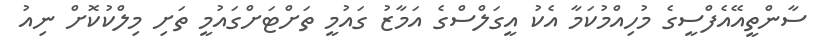
ސާންތީއޭއެފްސީގެ މުހިއްމުކަމާ އެކު އީގަލްސްގެ އަމާޒު ގައުމީ ތަށްޓަށްގައުމީ ތަށި މިލްކުކޮށް ނިއު